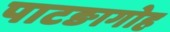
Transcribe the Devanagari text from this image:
पाटङागोह